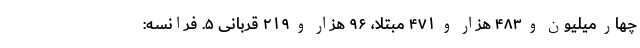
چهار میلیون و ۴۸۳ هزار و ۴۷۱ مبتلا، ۹۶ هزار و ۲۱۹ قربانی ۵. فرانسه: